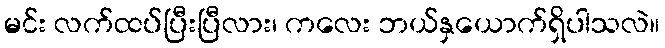
မင်း လက်ထပ်ပြီးပြီလား၊ ကလေး ဘယ်နှယောက်ရှိပါသလဲ။